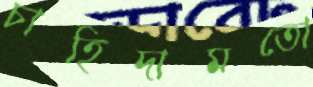
চাহিদামতো